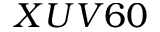
X U V 6 0